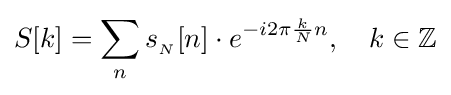
S[k]=\sum _{n}s_{_{N}}[n]\cdot e^{-i2\pi {\frac {k}{N}}n},\quad k\in \mathbb {Z}